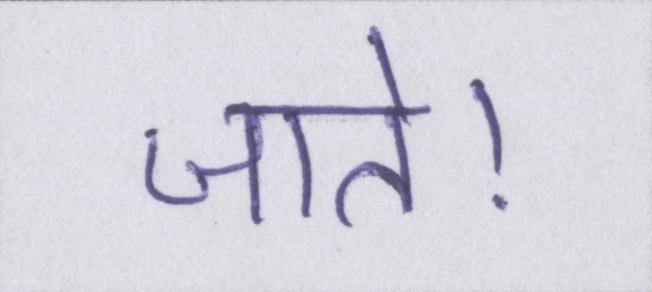
जाते।